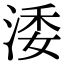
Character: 涹